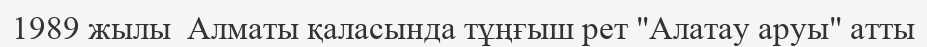
1989 жылы  Алматы қаласында тұңғыш рет "Алатау аруы" атты